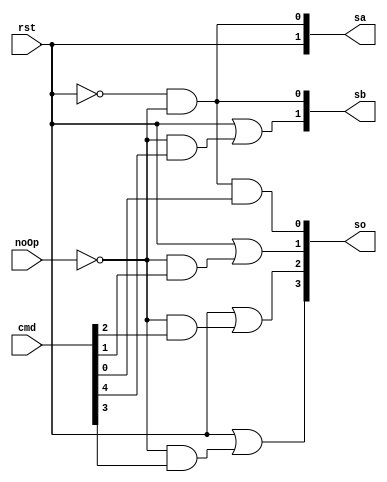
module combinationalLogic(rst, noOp, cmd, sa, sb, so);
	input rst, noOp;
	input[4:0] cmd;
	output[1:0] sa, sb;
	output[3:0] so;

	assign sa = {rst, ~rst & ~noOp};
	assign sb = {rst | (~noOp & cmd[4]), ~rst & ~noOp};
	assign so = {rst | (~noOp & cmd[3]),
		     rst | (~noOp & cmd[2]),
		     rst | (~noOp & cmd[1]),
		     ~rst & ~noOp & cmd[0]};
endmodule

module testbench();
	reg rst, noOp;
	reg[4:0] cmd;
	wire[1:0] sa, sb;
	wire[3:0] so;

	combinationalLogic CL(rst, noOp, cmd, sa, sb, so);

	initial begin
	$display("rst|nop| cmd |sa|sb| so |");
	rst = 1; noOp = 1; cmd = 5'b10101;
	#5
	$display(" %b | %b |%b|%b|%b|%b|", rst, noOp, cmd, sa, sb, so);
	rst = 1; noOp = 0; cmd = 5'b01010;
	#5
	$display(" %b | %b |%b|%b|%b|%b|", rst, noOp, cmd, sa, sb, so);
	rst = 0; noOp = 1; cmd = 5'b10101;
	#5
	$display(" %b | %b |%b|%b|%b|%b|", rst, noOp, cmd, sa, sb, so);
	rst = 0; noOp = 1; cmd = 5'b01010;
	#5
	$display(" %b | %b |%b|%b|%b|%b|", rst, noOp, cmd, sa, sb, so);
	rst = 0; noOp = 0; cmd = 5'b10101;
	#5
	$display(" %b | %b |%b|%b|%b|%b|", rst, noOp, cmd, sa, sb, so);
	rst = 0; noOp = 0; cmd = 5'b01010;
	#5
	$display(" %b | %b |%b|%b|%b|%b|", rst, noOp, cmd, sa, sb, so);
	end
endmodule